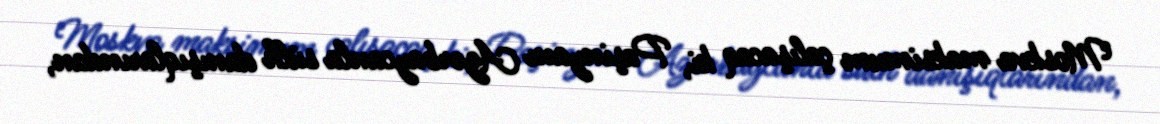
Moskva maksimum çalışacaq ki, Paşinyanı Azərbaycanla sülh danışıqlarından,